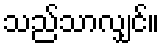
သည်သာလျှင်။